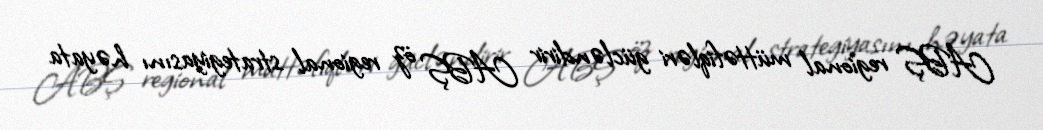
ABŞ regional müttəfiqləri gücləndirir ABŞ öz regional strategiyasını həyata